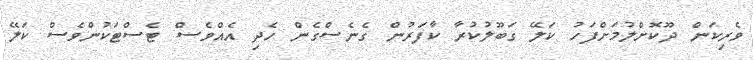
ވެރިކަން ދޫކޮށްލުމަށްފަހު ކަލޭ ގަބޫލުކުރާ ކާފަރުން ގެނެސްގެން ހެދި އެއްވެސް ޓެސްޓަކުންވެސް ކަލޭ